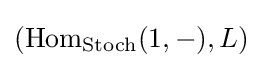
(\mathrm {Hom} _{\mathrm {Stoch} }(1,-),L)